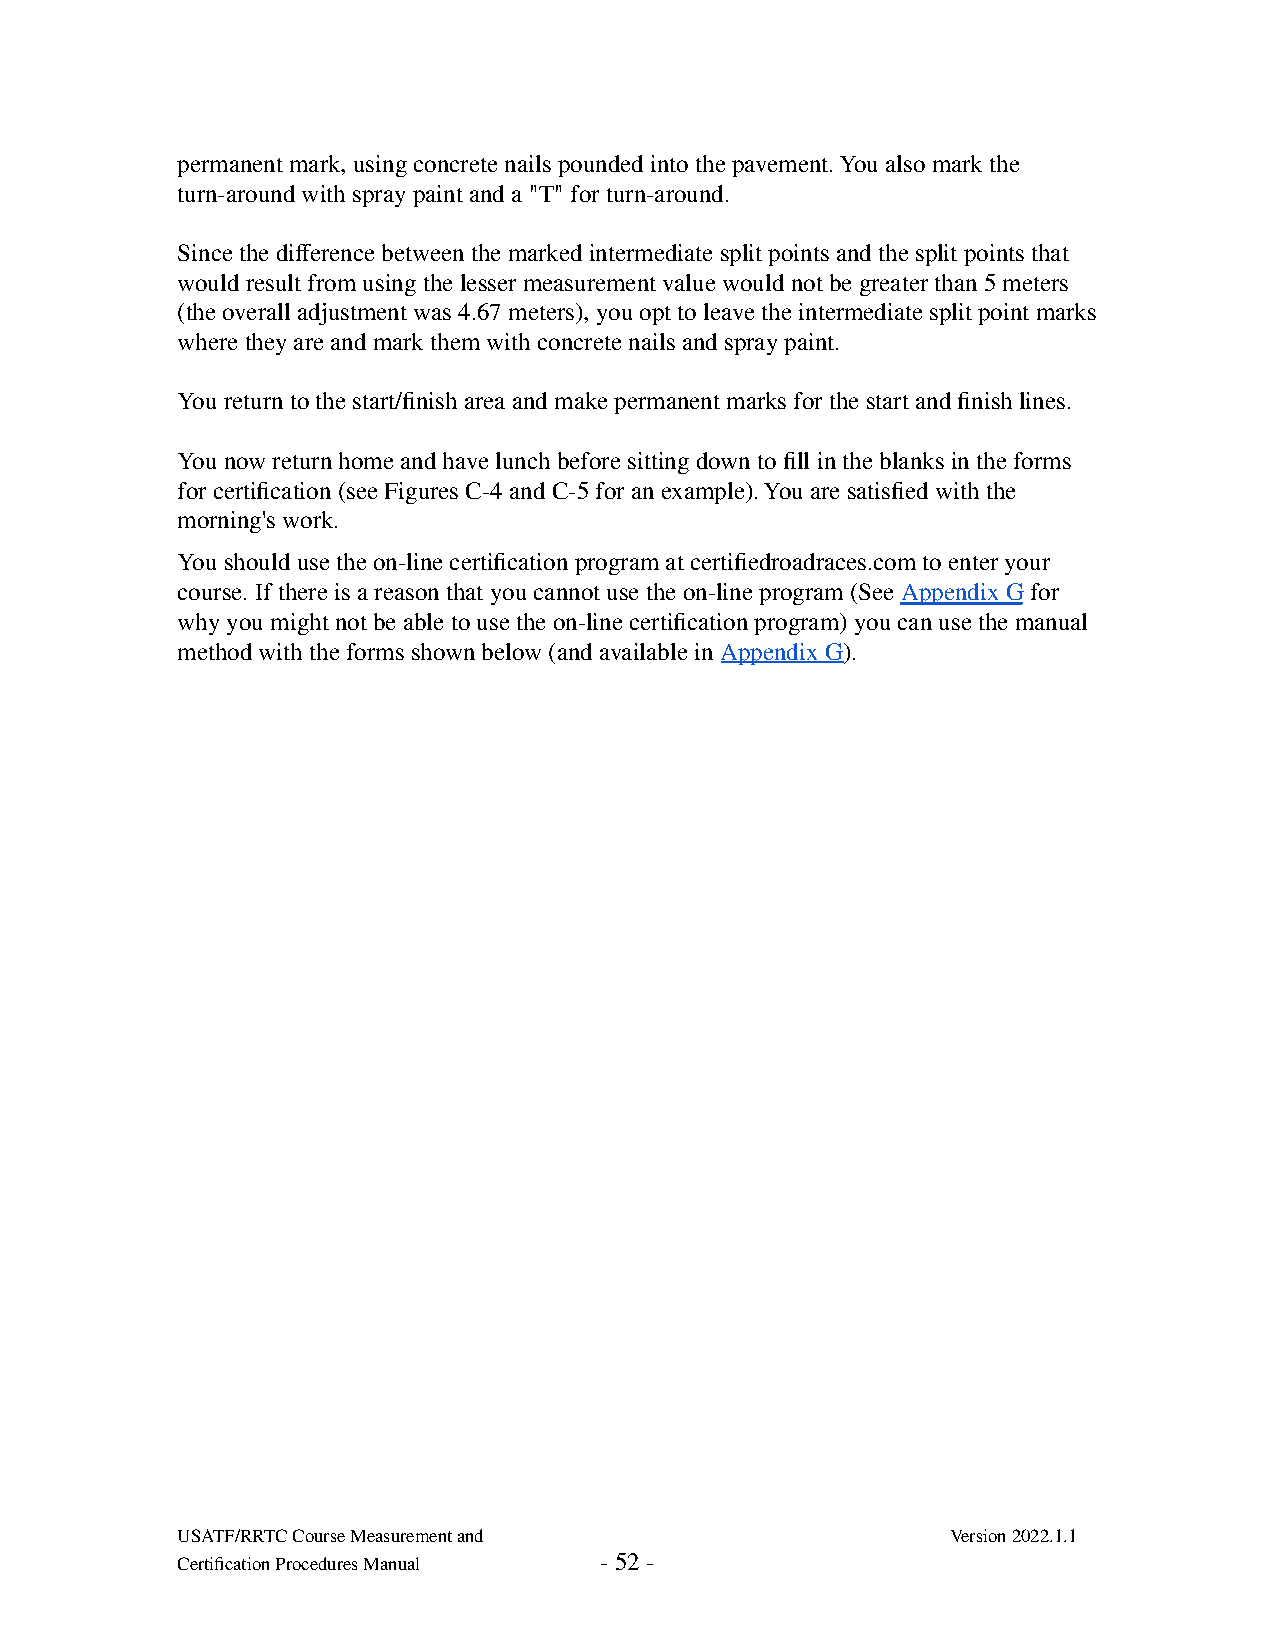
permanent mark, using concrete nails pounded into the pavement. You also mark the
 turn-around with spray paint and a "T" for turn-around.
 Since the difference between the marked intermediate split points and the split points that
 would result from using the lesser measurement value would not be greater than 5 meters
 (the overall adjustment was 4.67 meters), you opt to leave the intermediate split point marks
 where they are and mark them with concrete nails and spray paint.
 You return to the start/finish area and make permanent marks for the start and finish lines.
 You now return home and have lunch before sitting down to fill in the blanks in the forms
 for certification (see Figures C-4 and C-5 for an example). You are satisfied with the
 morning's work.
 You should use the on-line certification program at certifiedroadraces.com to enter your
 course. If there is a reason that you cannot use the on-line program (See Appendix G for
 why you might not be able to use the on-line certification program) you can use the manual
 method with the forms shown below (and available in Appendix G).
 USATF/RRTC Course Measurement and                  Version 2022.1.1
 Certification Procedures Manual - 52 -